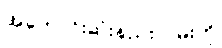
အကောင်းဆုံးနည်းလမ်းကို